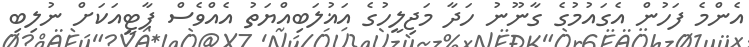
އެންމެ ފަހުން އެގައުމުގެ ގާނޫނު ހަދާ މަޖިލީހުގެ އަޣުލަބިއްޔަތު އެއްވެސް ޕާޓީއަކަށް ނުލިބި